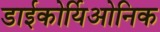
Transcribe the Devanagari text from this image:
डाईकोर्यिओनिक